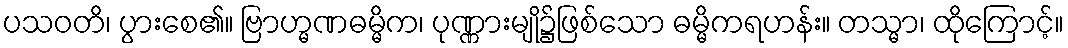
ပသဝတိ၊ ပွားစေ၏။ ဗြာဟ္မဏဓမ္မိက၊ ပုဏ္ဏားမျို၌ဖြစ်သော ဓမ္မိကရဟန်း။ တသ္မာ၊ ထိုကြောင့်။